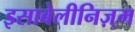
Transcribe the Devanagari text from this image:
इसाबेलीनिज़्म